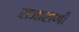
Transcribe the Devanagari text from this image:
राजाराणी